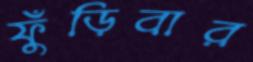
ফুঁড়িবার